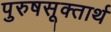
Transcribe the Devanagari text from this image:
पुरुषसूक्तार्थ